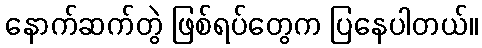
နောက်ဆက်တွဲ ဖြစ်ရပ်တွေက ပြနေပါတယ်။